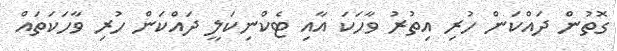
ގޮތުން ދައްކަން ހުރި އިތުރު ވާހަކަ އާއި ޓެކްނިކަލީ ދައްކަން ހުރި ވާހަކަތައް